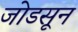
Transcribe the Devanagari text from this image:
जोडसून